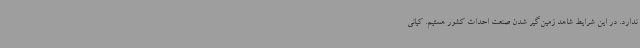
ندارد. در این شرایط شاهد زمین‌گیر شدن صنعت احداث کشور هستیم. کیانی